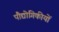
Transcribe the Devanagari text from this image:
पौद्योगिकीयों